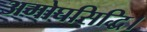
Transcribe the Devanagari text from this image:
अमोघसिद्धि।